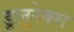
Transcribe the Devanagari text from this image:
डूलूरेक्स